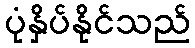
ပုံနှိပ်နိုင်သည်